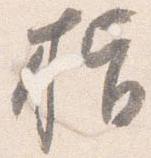
指